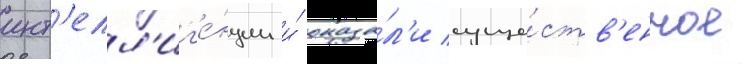
инт'елл'иг'е́нции и́ оказа́л'и суще́ств'енное